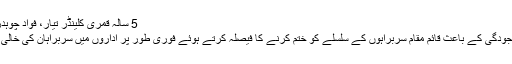
5 سالہ قمری کلینڈر تیار، فواد چوہدری نے اگلے 5 سال کی عیدوں کا اعلان بھی کر دیا
ادھر وفاقی کابینہ نے اداروں میں سربراہ کی عدم موجودگی کے باعث قائم مقام سربراہوں کے سلسلے کو ختم کرنے کا فیصلہ کرتے ہوئے فوری طور پر اداروں میں سربراہان کی خالی آسامیوں پر بھرتیاں کرنے کی ہدایت جاری کی ہے۔